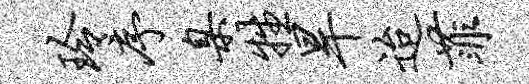
玲序臬牲旱迨菲